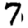
Digit: 7